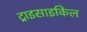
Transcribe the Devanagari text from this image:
ट्राइसाइकिल